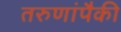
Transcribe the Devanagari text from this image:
तरुणांपैकी